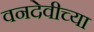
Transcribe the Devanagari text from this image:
वनदेवीच्या